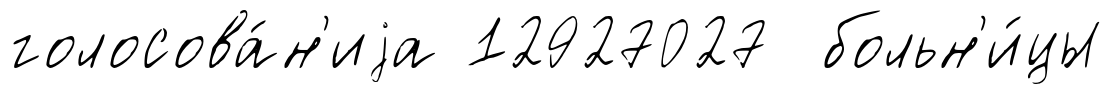
голосова́н'иjа 12927027 больн'и́цы